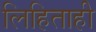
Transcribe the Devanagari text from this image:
लिहिताही